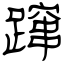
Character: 蹿